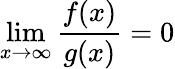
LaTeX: \operatorname*{lim}_{x\to\infty}{\frac{f(x)}{g(x)}}=0